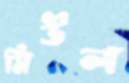
মিউল